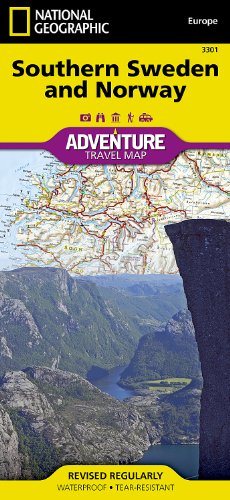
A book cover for Southern Sweden and Norway (National Geographic Adventure Map); National Geographic Maps - Adventure; Travel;